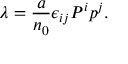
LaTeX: \lambda = { \frac { a } { n _ { 0 } } } \epsilon _ { i j } P ^ { i } p ^ { j } .